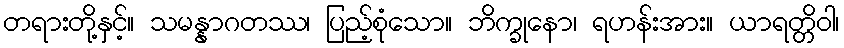
တရားတို့နှင့်။ သမန္နာဂတဿ၊ ပြည့်စုံသော။ ဘိက္ခုနော၊ ရဟန်းအား။ ယာရတ္တိဝါ၊